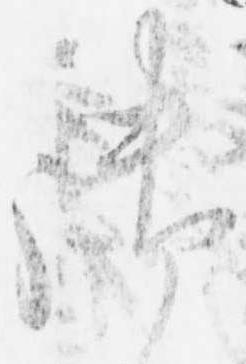
御